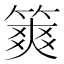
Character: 𥱶